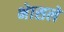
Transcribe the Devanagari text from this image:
भेासले